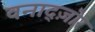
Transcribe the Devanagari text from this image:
वनाद्ज़ोर